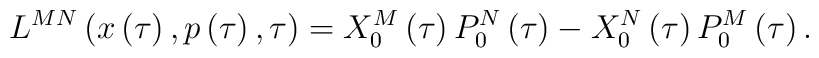
L^{MN}\left( x\left( \tau \right) ,p\left( \tau \right) ,\tau \right)=X_0^M\left( \tau \right) P_0^N\left( \tau \right) -X_0^N\left( \tau \right)P_0^M\left( \tau \right) .